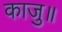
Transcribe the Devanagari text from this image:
काजु॥